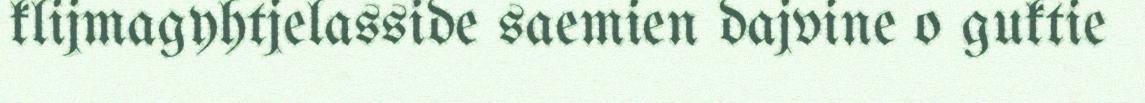
klijmagyhtjelasside saemien dajvine o guktie